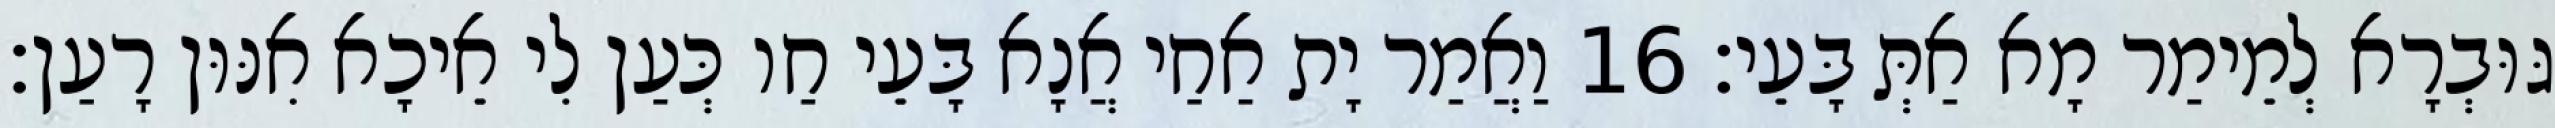
גּוּבְרָא לְמֵימַר מָא אַתְּ בָּעֵי׃ 16 וַאֲמַר יָת אַחַי אֲנָא בָּעֵי חַו כְּעַן לִי אֵיכָא אִנּוּן רָעַן׃